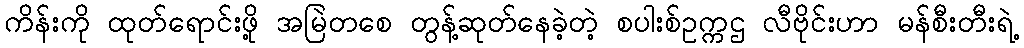
ကိန်းကို ထုတ်ရောင်းဖို့ အမြဲတစေ တွန့်ဆုတ်နေခဲ့တဲ့ စပါးစ်ဥက္ကဌ လီဗိုင်းဟာ မန်စီးတီးရဲ့